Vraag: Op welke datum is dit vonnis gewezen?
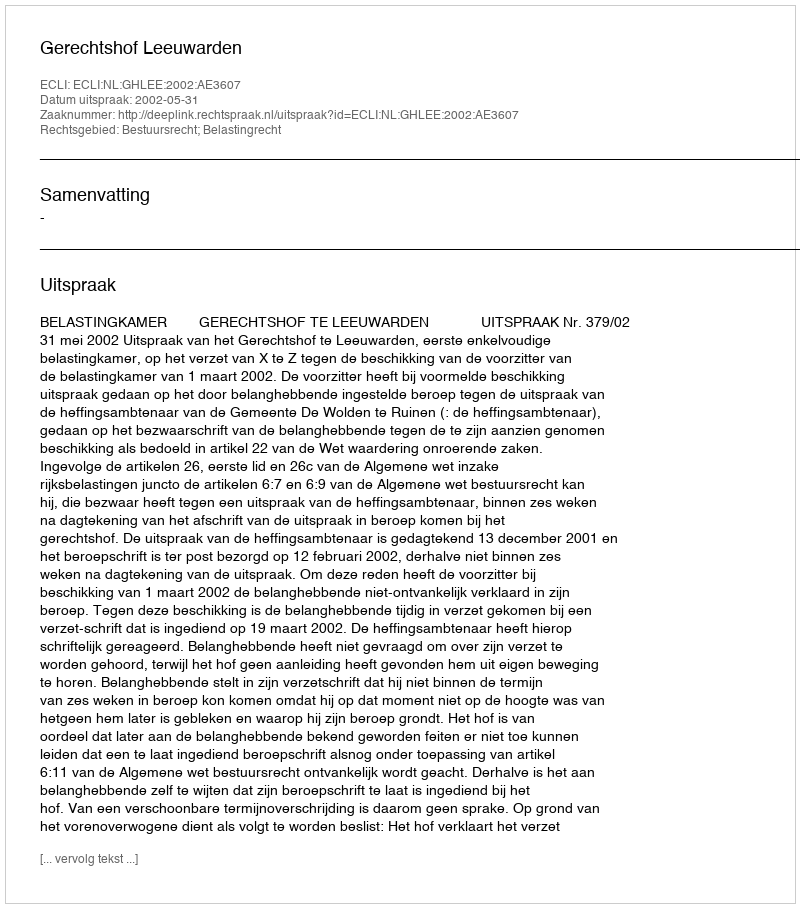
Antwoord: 2002-05-31